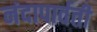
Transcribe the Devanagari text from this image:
नंदापार्वती